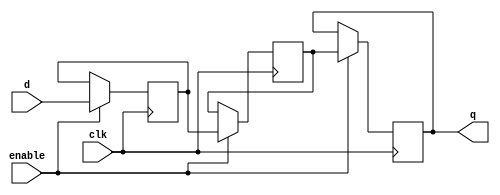
module edge_triggered_latch (
    input wire clk,
    input wire d,
    input wire enable,
    output reg q
);

reg d_ff1, d_ff2;

always @(posedge clk) begin
    if (enable) begin
        d_ff1 <= d;
        d_ff2 <= d_ff1;
        q <= d_ff2;
    end
end

endmodule